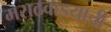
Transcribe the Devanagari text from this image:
मराठवाडयाची